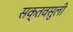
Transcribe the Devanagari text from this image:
सक्तवसुली